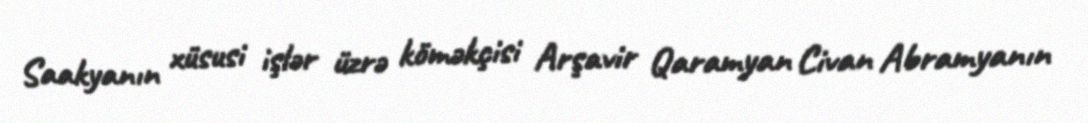
Saakyanın xüsusi işlər üzrə köməkçisi Arşavir Qaramyan Civan Abramyanın